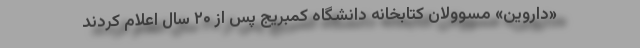
«داروین» مسوولان کتابخانه دانشگاه کمبریج پس از ۲۰ سال اعلام کردند